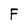
Character: F